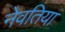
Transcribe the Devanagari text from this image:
नेवतिया